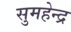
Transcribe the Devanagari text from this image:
सुमहेन्द्र